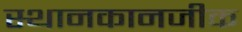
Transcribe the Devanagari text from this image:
स्थानकानजीक